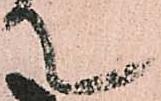
て